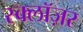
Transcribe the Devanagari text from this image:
स्क्लॉज़र